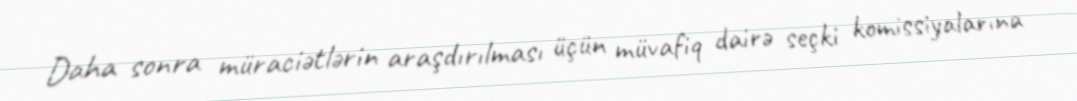
Daha sonra müraciətlərin araşdırılması üçün müvafiq dairə seçki komissiyalarına